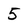
Character: 5